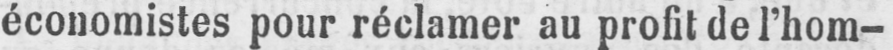
économistes pour réclamer au profit de l’hom-